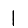
Digit: 1